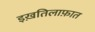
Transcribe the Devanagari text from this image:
इख़तिलाफ़ात